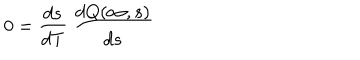
0 = \frac { d s } { d T } \ \frac { d Q ( \infty , s ) } { d s }